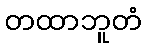
တထာဘူတံ